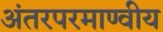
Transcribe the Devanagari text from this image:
अंतरपरमाण्वीय